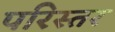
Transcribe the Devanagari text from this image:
परिस्तर